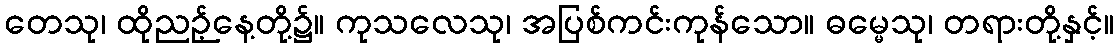
တေသု၊ ထိုညဉ့်နေ့တို့၌။ ကုသလေသု၊ အပြစ်ကင်းကုန်သော။ ဓမ္မေသု၊ တရားတို့နှင့်။